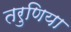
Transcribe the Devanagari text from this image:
तरुणिया